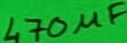
Text: 470µF